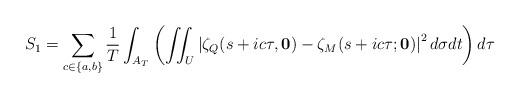
LaTeX: \begin{align*}S_1=\sum_{c\in\{a,b\}}\frac{1}{T}\int_{A_T}\left(\iint_U \left|\zeta_Q(s+ic\tau,\mathbf{0})-\zeta_M(s+ic\tau;\mathbf{0})\right|^2 d\sigma dt\right)d\tau\end{align*}